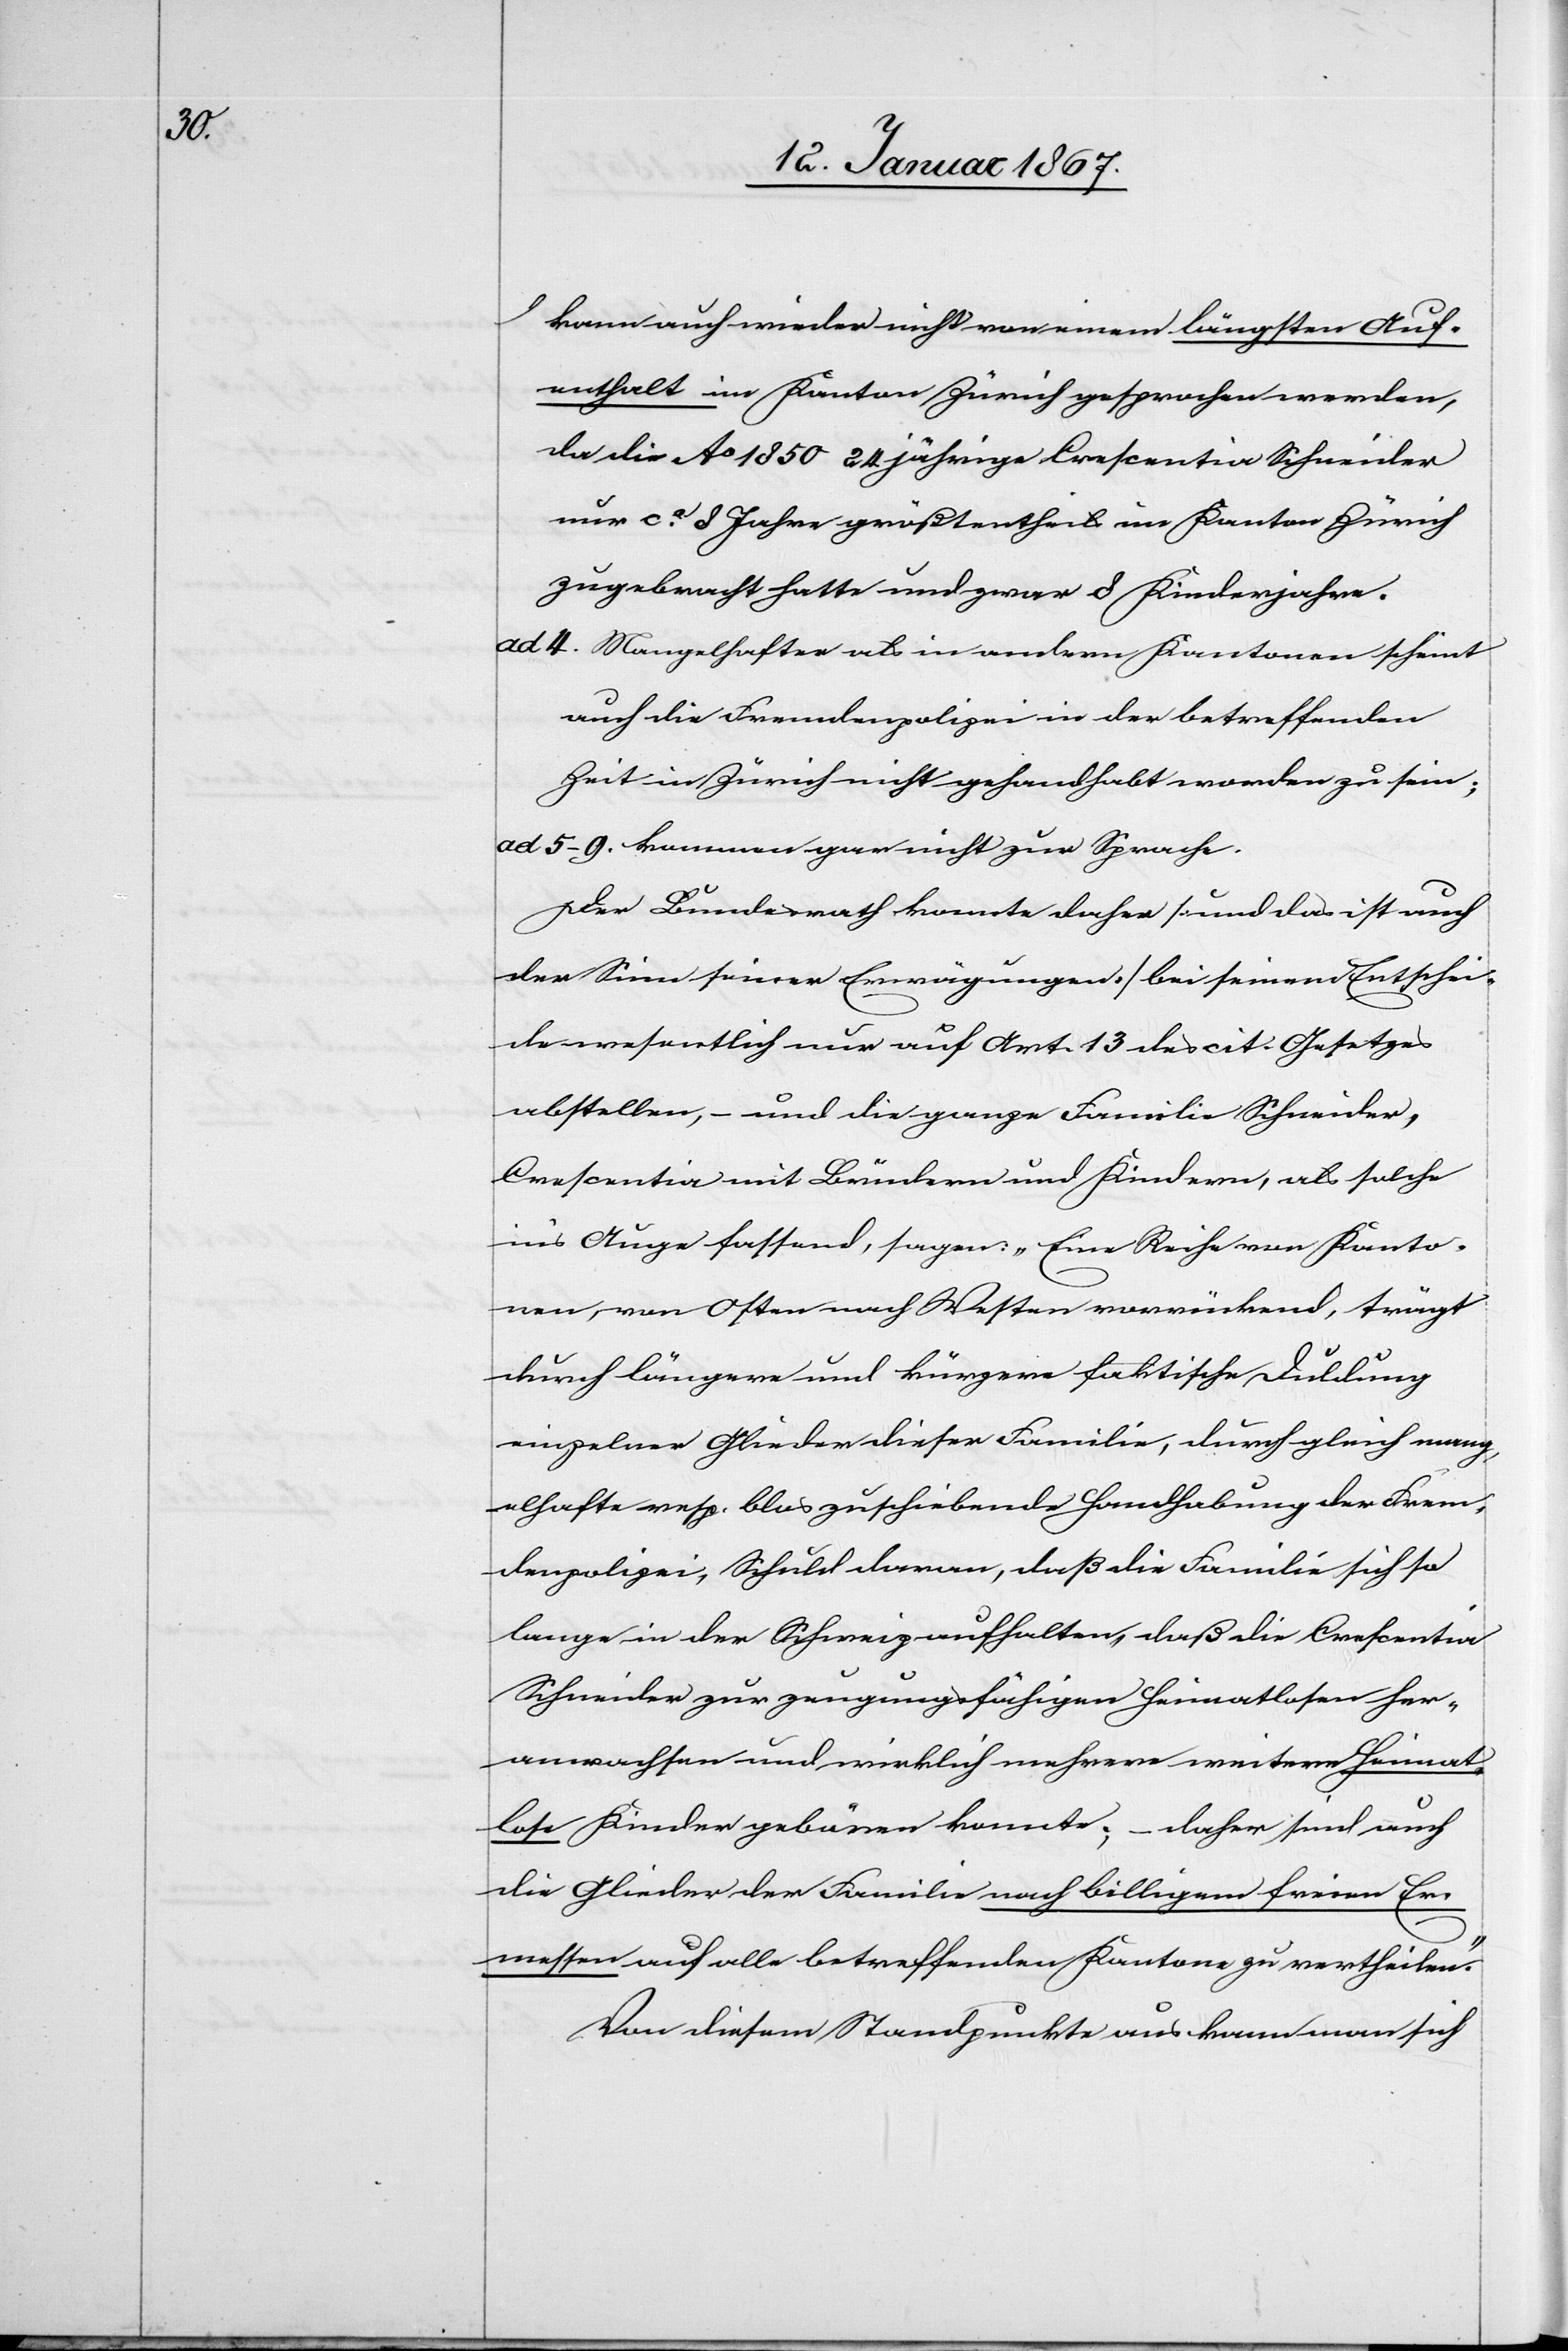
kann auch wieder nicht von einem längsten Auf¬
enthalt im Kanton Zürich gesprochen werden,
da die Ao 1850 24 jährige Crescentia Schneider
nur ca 8 Jahre größtentheils im Kanton Zürich
zugebracht hatte und zwar 8 Kinderjahre.
ad 4. Mangelhafter als in andern Kantonen scheint
auch die Fremdenpolizei in der betreffenden
Zeit in Zürich nicht gehandhabt worden zu sein;
ad 5–9. kommen gar nicht zur Sprache.
Der Bundesrath konnte daher [und das ist auch
der Sinn seiner Erwägungen] bei seinem Entschei¬
de wesentlich nur auf Art. 13 des cit. Gesetzes
abstellen, – und die ganze Familie Schneider,
Crescentia mit Brüdern und Kindern, als solche
in‛s Auge fassend, sagen: „Eine Reihe von Kanto¬
nen, von Osten nach Westen vorrückend, trägt
durch längere und kürzere faktische Duldung
einzelner Glieder dieser Familie, durch gleich mang¬
elhafte resp. blos zuschiebende Handhabung der Frem¬
denpolizei, Schuld daran, daß die Familie sich so
lange in der Schweiz aufhalten, daß die Crescentia
Schneider zur zeugungsfähigen Heimatlosen her¬
anwachsen und wirklich mehrere weitere heimat¬
lose Kinder gebären konnte; – daher sind auch
die Glieder der Familie nach billigem freien Er¬
messen auf alle betreffenden Kantone zu vertheilen.“
Vor diesem Standpunkte aus kann man sich